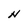
Character: N